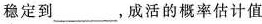
稳定到___，成活的概率估计值